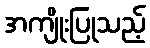
အကျိုးပြုသည့်